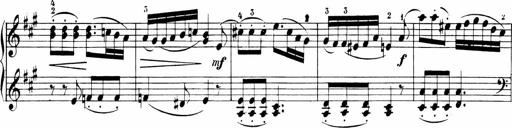
Title: 6 Sonatinas
Composer: Carl Reinecke